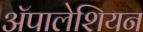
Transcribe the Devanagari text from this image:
ॲपालेशियन